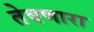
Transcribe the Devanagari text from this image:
तेवणारा